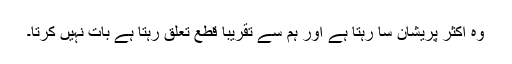
وہ اکثر پریشان سا رہتا ہے اور ہم سے تقریباً قطع تعلق رہتا ہے بات نہیں کرتا۔